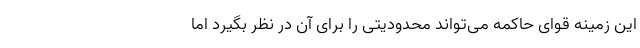
این زمینه قوای حاکمه می‌تواند محدودیتی را برای آن در نظر بگیرد اما